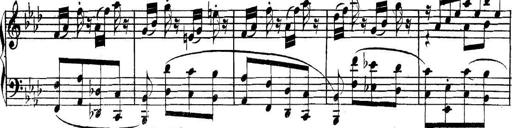
Title: Collected Piano Sonatas
Composer: Muzio Clementi